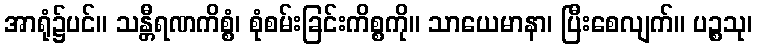
အာရုံ၌ပင်။ သန္တီရဏကိစ္စံ၊ စုံစမ်းခြင်းကိစ္စကို။ သာယေမာနာ၊ ပြီးစေလျက်။ ပဉ္စသု၊